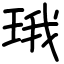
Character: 珴